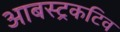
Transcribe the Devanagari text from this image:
आबस्ट्रकटिव